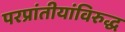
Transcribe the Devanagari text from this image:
परप्रांतीयांविरुद्ध